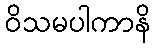
ဝိသမပါကာနိ